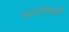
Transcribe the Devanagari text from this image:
अमरीकी